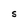
Character: S